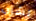
بشرب